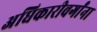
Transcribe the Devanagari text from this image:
अधिकारीवर्गांना